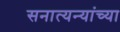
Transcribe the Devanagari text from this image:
सनात्यन्यांच्या